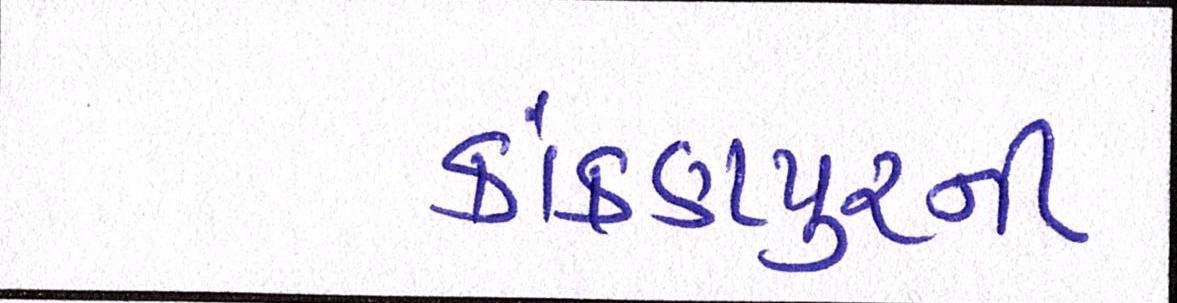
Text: કાંકણપુરની